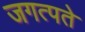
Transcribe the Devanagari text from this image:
जगत्पते